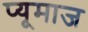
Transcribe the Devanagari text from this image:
प्यूमाज